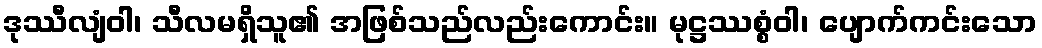
ဒုဿီလျံဝါ၊ သီလမရှိသူ၏ အဖြစ်သည်လည်းကောင်း။ မုဋ္ဌဿစ္စံဝါ၊ ပျောက်ကင်းသော